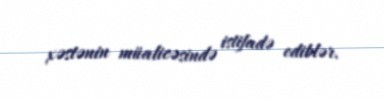
xəstənin müalicəsində istifadə ediblər.